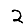
Digit: 2